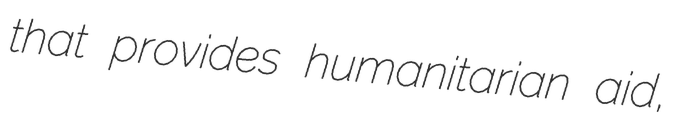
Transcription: that provides humanitarian aid,